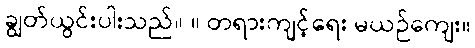
ချွတ်ယွင်းပါးသည်။ ။ တရားကျင့်ရေး မယဉ်ကျေး။